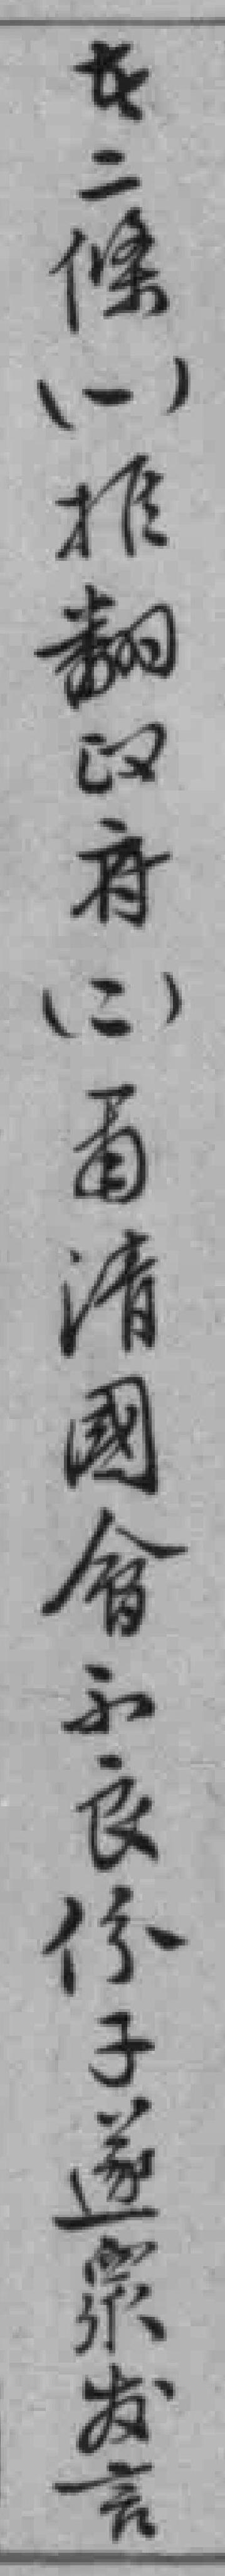
在二條（一）推翻政府（二）肅清國會不良份子遂衆发言